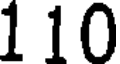
1 10